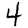
Digit: 4